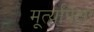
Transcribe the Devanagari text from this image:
मूर्त्यांपेक्षा